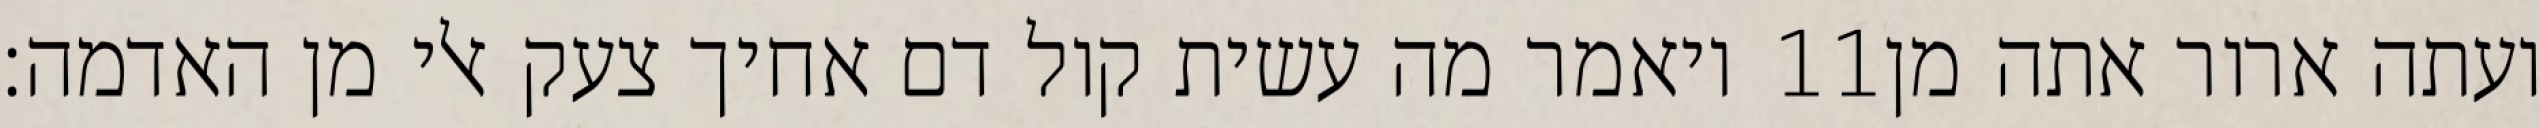
ויאמר מה עשית קול דם אחיך צעק אלי מן האדמה׃ ‎11‏ ועתה ארור אתה מן